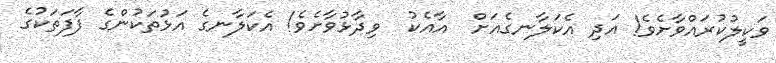
ވަކީލުކުރައްވާށެވެ! އަދި އެކަލާނގެއަށް  އާއެކު  ވިދާޅުވާށެވެ! އެކަލާނގެ އަޅުތަކުންގެ ފާފަތަކުގެ